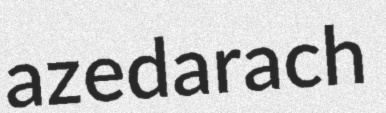
azedarach